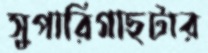
সুপারিগাছটার